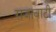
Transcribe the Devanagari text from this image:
राजावाटी